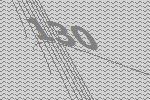
130